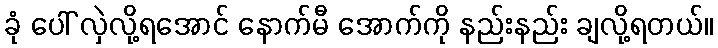
ခုံ ပေါ် လှဲလို့ရအောင် နောက်မီ အောက်ကို နည်းနည်း ချလို့ရတယ်။